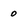
Character: 0